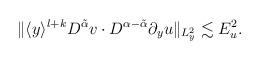
LaTeX: \begin{align*}\begin{aligned}\Vert \langle y\rangle^{l+k}D^{\tilde{\alpha}}v\cdot D^{\alpha-\tilde{\alpha}} \partial_y u \Vert_{L^2_y}\lesssim E_u^2.\end{aligned}\end{align*}